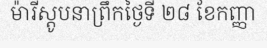
ម៉ារីស្តូបនាព្រឹកថ្ងៃទី ២៨ ខែកញ្ញា